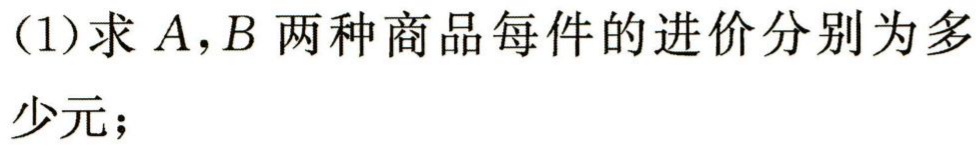
(1)求\(A,B\)两种商品每件的进价分别为多少元；